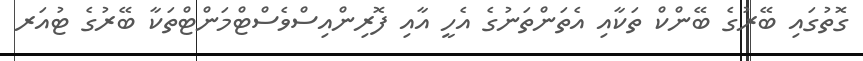
ގޮތުގައި ބޭރުގެ ބޭންކް ތަކާއި އެތަންތަނުގެ އެހީ އާއި ފޮރިންއިސްވެސްޓްމަންޓްތަކާ ބޭރުގެ ޓުއަރ